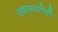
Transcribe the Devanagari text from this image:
एकरूपतेची